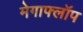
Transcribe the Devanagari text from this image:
मेगाफ्लॉप